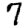
Digit: 7